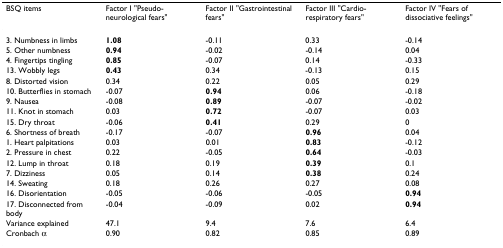
| BSQ items | Factor I "Pseudo-neurological fears" | Factor II "Gastrointestinal fears" | Factor III "Cardio-respiratory fears" | Factor IV "Fears of dissociative feelings" |
 | --- | --- | --- | --- | --- |
 | 3. Numbness in limbs | 1.08 | -0.11 | 0.33 | -0.14 |
 | 5. Other numbness | 0.94 | -0.02 | -0.14 | 0.04 |
 | 4. Fingertips tingling | 0.85 | -0.07 | 0.14 | -0.33 |
 | 13. Wobbly legs | 0.43 | 0.34 | -0.13 | 0.15 |
 | 8. Distorted vision | 0.34 | 0.22 | 0.05 | 0.29 |
 | 10. Butterflies in stomach | -0.07 | 0.94 | 0.06 | -0.18 |
 | 9. Nausea | -0.08 | 0.89 | -0.07 | -0.02 |
 | 11. Knot in stomach | 0.03 | 0.72 | -0.07 | 0.03 |
 | 15. Dry throat | -0.06 | 0.41 | 0.29 | 0 |
 | 6. Shortness of breath | -0.17 | -0.07 | 0.96 | 0.04 |
 | 1. Heart palpitations | 0.03 | 0.01 | 0.83 | -0.12 |
 | 2. Pressure in chest | 0.22 | -0.05 | 0.64 | -0.03 |
 | 12. Lump in throat | 0.18 | 0.19 | 0.39 | 0.1 |
 | 7. Dizziness | 0.05 | 0.14 | 0.38 | 0.24 |
 | 14. Sweating | 0.18 | 0.26 | 0.27 | 0.08 |
 | 16. Disorientation | -0.05 | -0.06 | -0.05 | 0.94 |
 | 17. Disconnected from body | -0.04 | -0.09 | 0.02 | 0.94 |
 | Variance explained | 47.1 | 9.4 | 7.6 | 6.4 |
 | Cronbach α | 0.90 | 0.82 | 0.85 | 0.89 |